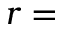
r =